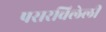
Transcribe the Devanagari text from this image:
पसरविलेली